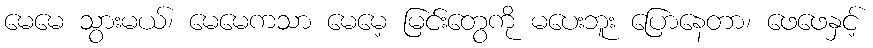
မေမေ သွားမယ်၊ မေမေကသာ မေမေ့ မြင်းတွေကို မပေးဘူး ပြောနေတာ၊ ဖေဖေနှင့်